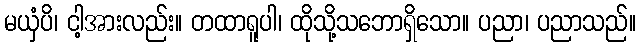
မယှံပိ၊ ငါ့အားလည်း။ တထာရူပါ၊ ထိုသို့သဘောရှိသော။ ပညာ၊ ပညာသည်။